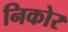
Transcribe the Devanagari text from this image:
निकोर